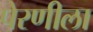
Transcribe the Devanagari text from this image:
पेरणीला